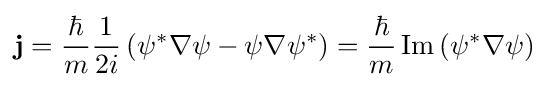
\mathbf {j} ={\hbar  \over m}{1 \over {2i}}\left(\psi ^{*}\nabla \psi -\psi \nabla \psi ^{*}\right)={\hbar  \over m}\operatorname {Im} \left(\psi ^{*}\nabla \psi \right)